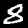
Label: 8